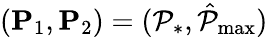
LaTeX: (\mathbf{P}_{1},\mathbf{P}_{2})=(\mathcal{P}_{*},\hat{\mathcal{P}}_{\operatorname*{max}})